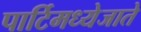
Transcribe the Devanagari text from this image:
पार्टिमध्येजाते